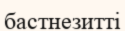
бастнезитті